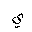
Letter: _ya